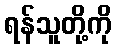
ရန်သူတို့ကို